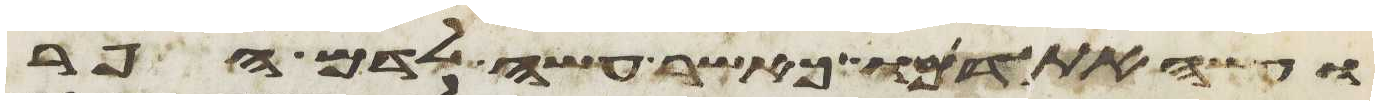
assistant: ועשה את דמו כאשר עשה לדם הפר